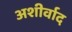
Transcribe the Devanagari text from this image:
अशीर्वाद